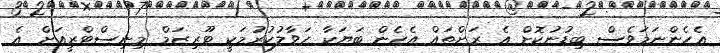
އެހެންނަމަވެސް ބިޑުނުކޮށް އެ ރަށްތައް އެހެން ބަޔަކާ ހަވާލުކުރުމަކީ ޓޫރިޒަމް މިނިސްޓްރީއަށް އެ